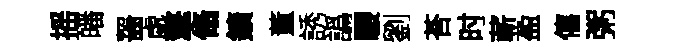
摇皤齧處擎翛鑛董誘譌騕劉荅时蔪盈僖粥